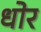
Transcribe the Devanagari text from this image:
धोर